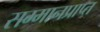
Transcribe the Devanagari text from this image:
सम्मानप्राप्त